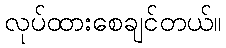
လုပ်ထားစေချင်တယ်။